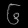
Digit: ၆